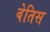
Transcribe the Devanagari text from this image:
बेतिस